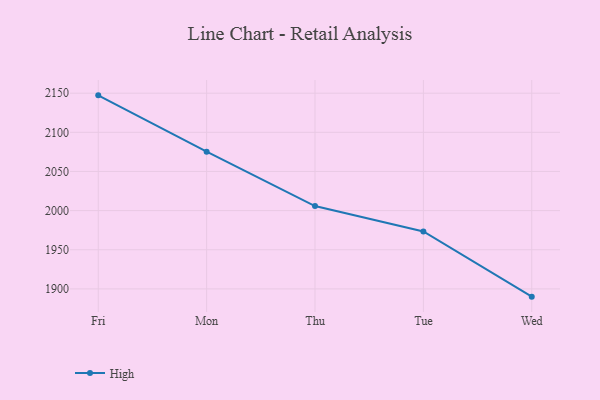
{"axis": {"x": "Day", "y": "LTV (USD)"}, "legend": ["High"], "data": [{"x": "Fri", "y": 2147.2, "type": "High"}, {"x": "Mon", "y": 2075.3, "type": "High"}, {"x": "Thu", "y": 2005.8, "type": "High"}, {"x": "Tue", "y": 1973.3, "type": "High"}, {"x": "Wed", "y": 1890.1, "type": "High"}]}